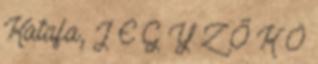
Katafa, J E G Y Z Ő K Ö